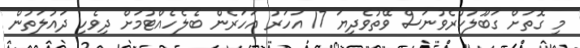
މި ގޮތަށް ގަބޫލުކުރެވުނަސް ވޭތުވެދިޔަ 17 އަހަރު އަހަރެން ބެލެހެއްޓުމަށް ދިވެހި ދައުލަތުން